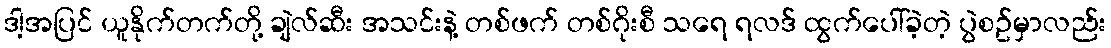
ဒါ့အပြင် ယူနိုက်တက်တို့ ချဲလ်ဆီး အသင်းနဲ့ တစ်ဖက် တစ်ဂိုးစီ သရေ ရလဒ် ထွက်ပေါ်ခဲ့တဲ့ ပွဲစဥ်မှာလည်း